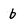
Character: b